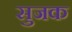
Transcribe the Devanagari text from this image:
सुजक